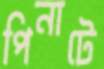
পিনাটে